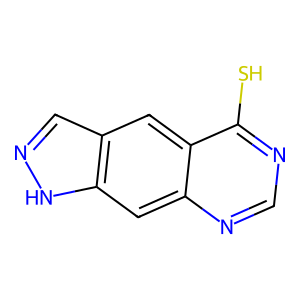
SMILES: Sc1ncnc2cc3[nH]ncc3cc12
Inhibits HIV replication: No